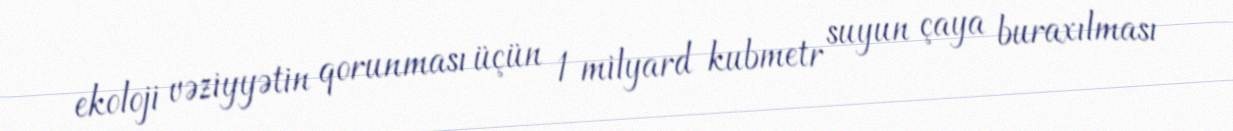
ekoloji vəziyyətin qorunması üçün 1 milyard kubmetr suyun çaya buraxılması